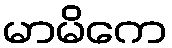
မာမိကေ